King Institute of Preventive Medicine Micro-Biological Section reports 1909-11
Year: 1909
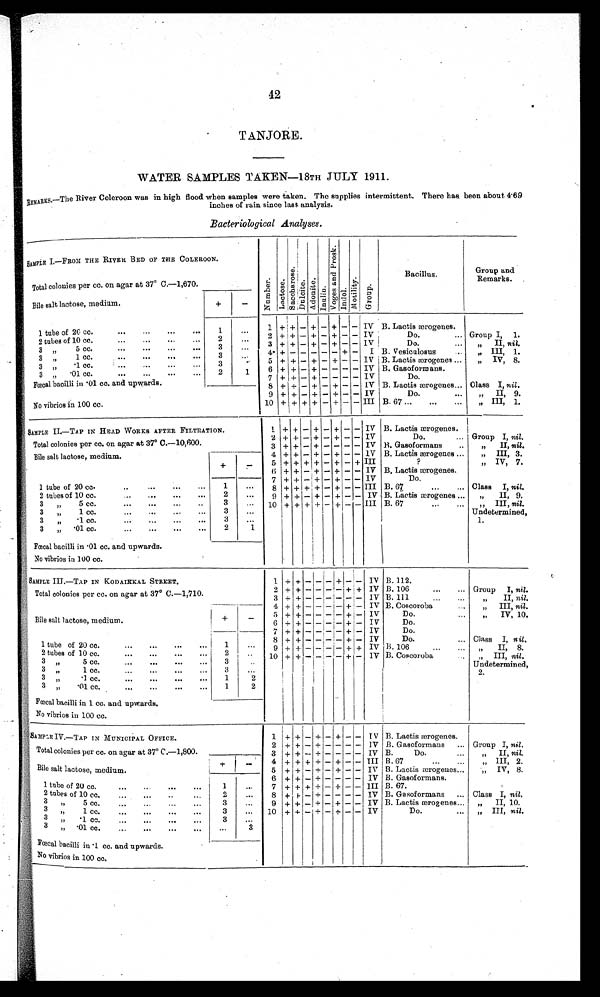
42
TANJORE.
WATER SAMPLES TAKEN—18TH JULY 1911.
REMARKS.—The River Coleroon was in high flood when samples were taken. The supplies intermittent. There has been about 4.69
inches of rain since last analysis.
Bacteriological Analyses.
SAMPLE I.—FROM THE RIVER BED OF THE COLEROON.
N u m b e r .
L a c t o s e . Sacchar ose.
D u l c i t e . A d o n i t e . I n u l i n
V o g e s a n d P r o s k .
I n d o l .
M o t i l i t y . G r o u p .
Bacillus.
Group and
Remarks
Total colonies per cc. on agar at 37° C.—1,670.
Bile salt lactose, medium.
+
-
1 + + - + - + - - IV B. Lactis ærogenes.
1 tube of 20 cc.
...
... ...
...
1
. . .
2 tubes of 10 cc.
...
... ...
2
. . .
2 + + - + - + - - IV
Do.
... Group I, 1.
3 „ 5 cc. ... ...
...
...
3
. . .
3 + + - + - + - - IV
Do.
...
...II, nil.
4
+ _
- _ - - - + -
I B. Vesiculosus
...
„ I I I ,
1 .
3 71
1 cc.
...
... ...
...
3
.
5 + + - + - + - - IV B. Lactis ærogenes ...
„ IV, 8.
3 „
. 1 c c .
. . .
. . .
. . .
3
. . .
6 + + - + - - - - IV B. Gasoformans.
3 „
.01 cc. ... ... ... ....
2
1 7 + + - + - - - - IV
Do
Fœcal bacilli in .01 cc. and upwards.
8 + + - + - + - - IV B. Lactis ærogenes... Class I, nil.
9 + + - + - + - - IV
Do.
...
„
II, 9.
No vibrios in 100 cc.
10 + + + + - + - - III B. 67 ...
...
...
„ III, 1.
SAMPLE II.—TAP IN HEAD WORKS AFTER FILTRATION.
1
+ +
- +
- +
- - IV B. Lactis ærogenes.
2 + + - + - + - - IV
Do.
...
Group I, nil.
Total colonies per cc. on agar at 37° C.—10,600.
3 + + - + - - - - IV B. Gasoformans
..
„
II, nil.
Bile salt lactose, medium.
+
-
4 + + - + - + - - 1V B. Lactis ærogenes ...
„ III, 3.
5 + + + + - + - + III
?
„ IV, 7.
6 + + - + - + - - IV B. Lactis ærogenes.
7 + + -
+ - + - - IV
Do.
1 tube of 20 cc.
...
...
. . .
...
1 ...
8 + + + + - + - - III B. 67
...
,.. Class I, nil.
2 tubes of 10 cc.
2
...
9 + + - + - + - - IV B. Lactis ærogenes ...
„
II, 9.
3
„
5 cc.
...
...
...
...
3
. . . 10 + + + + - + - - III B. 67
...
...
„ III, nil.
3
„
1 cc.
...
...
... ...
3
...
Undetermined,
1.
3
„
.1 cc.
...
...
...
...
3
...
3
„
.01 cc.
...
...
...
...
2
1
Fœcal bacilli in .01 cc. and upwards.
No vibrios in 100 cc .
SAMPLE III.—TAP IN KODAIKKAL STREET.
1 +
+ -
-
-
+ - - IV B. 112.
Total colonies per cc. on agar at 37° C.—1,710.
2 + + - - -
- + + IV B. 106
...
... Group I, nil.
3 +
+ - -
- - - - IV B. 111
...
...
II, nil.
4 + + - - - - + - IV B. Coscoroba
...
„
III, nil.
Bile salt lactose, medium.
+
-
5 +
+ - - - - + - IV
Do.
...
„
IV, 10.
6 + + - -
- - + - IV
Do.
7 + + - - - -
+ - IV
Do.
1 tube of 20 cc.
...
...
... ...
1
. . .
8 + + - - -
- + - IV
Do.
... Class I, nil.
2 tubes of 10 cc.
...
...
. . .
. . .
2
. . .
9 + + - - - - + + IV B. 106
...
...
„
I I ,
n i l .
10 + + - -
- - +
- IV B. Coscoroba
...
„
nil.
3 „
5 cc.
...
...
...
...
3
. .
Undetermined,
2.
3
„
1 cc.
...
...
... ...
3
. . .
3 „
.1 cc.
...
...
. . .
...
1
2
3 „
.01 cc.
...
...
...
...
1
2
Fœcal bacilli in 1 cc. and upwards.
No vibrios in 100 cc.
SAMPLE IV.—TAP IN MUNICIPAL OFFICE.
1 + + - + - +
- - IV B. Lactis ærogenes.
Total colonies per cc. on agar at 37° C.—1,800.
2 + + - + - - - - IV B. Gasoformans
... Group I, nil.
3 + + - + - - - - IV B.
Do.
...
„
II, nil.
Bile salt lactose, medium.
+
-
4 +
+
+ +
-
+
- - III B.67
...
...
„ III, 2.
5 + + - + - + - - IV B. Lactis ærogenes ...
„
IV, 8.
1 tube of 20 cc.
. . .
. . .
. . .
. . .
1
...
6 + + - + - - - - IV B. Gasoformans.
7 + + + + - + - - III B. 67.
2 tubes of 10 cc
. . . . . . . . . . . .
2
...
8
+ + - + - - - - IV B. Gasoformans
... Class I, nil.
3
,,
5 cc.
...
...
...
...
3
...
9 + + - + - + - - IV B. Lactis ærogenes...
„
II, 10.
3
,,
1 cc.
...
...
...
...
3
...
10 +
+ - + - + - - IV
Do.
...
„ III, nil.
3
,,
. 1
c c .
. . .
. . .
. . .
...
3
...
3
,,
.01 cc.
...
...
...
...
...
3
Fœcal bacilli in .1 cc. and upwards.
No vibrios in 100 cc.